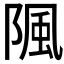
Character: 𨺢